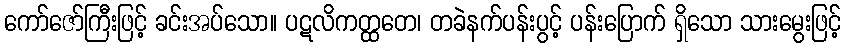
ကော်ဇော်ကြီးဖြင့် ခင်းအပ်သော။ ပဋလိကတ္ထတေ၊ တခဲနက်ပန်းပွင့် ပန်းပြောက် ရှိသော သားမွေးဖြင့်